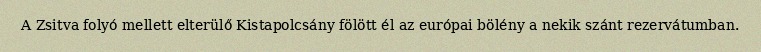
A Zsitva folyó mellett elterülő Kistapolcsány fölött él az európai bölény a nekik szánt rezervátumban.